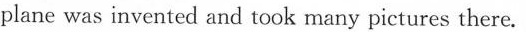
plane was invented and took many pictures there.